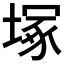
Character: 塚